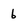
Character: 6